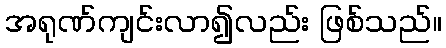
အရုဏ်ကျင်းလာ၍လည်း ဖြစ်သည်။